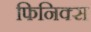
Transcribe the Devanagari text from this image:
फिनिक्‍स